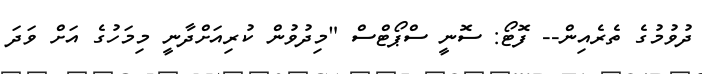
ދުވުމުގެ ތެރެއިން-- ފޮޓޯ: ސޮނީ ސްޕޯޓްސް "މިދުވުން ކުރިއަށްދާނީ މިމަހުގެ އަށް ވަދަ